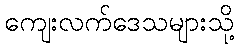
ကျေးလက်ဒေသများသို့